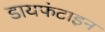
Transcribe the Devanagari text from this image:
डायफंटाइन